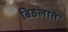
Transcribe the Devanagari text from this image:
बिठलाते